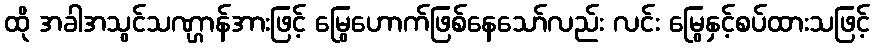
ထို အခါအသွင်သဏ္ဌာန်အားဖြင့် မြွေဟောက်ဖြစ်နေသော်လည်း လင်း မြွေနှင့်စပ်ထားသဖြင့်